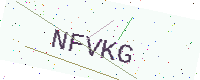
Text: NFVKG